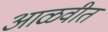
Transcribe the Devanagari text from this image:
आळवीत